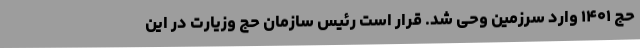
حج ۱۴۰۱ وارد سرزمین وحی شد. قرار است رئیس سازمان حج وزیارت در این